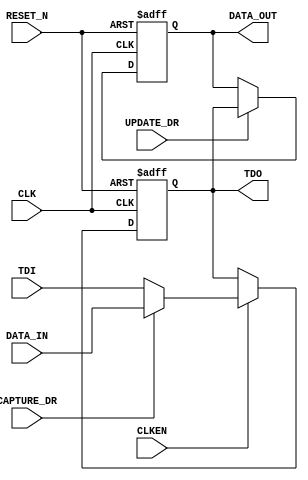
module TYPEA_1(
      input CLK,
      input RESET_N,
      input CLKEN,
      input TDI,
      output TDO,
      output reg DATA_OUT,
      input DATA_IN,
      input CAPTURE_DR,
      input UPDATE_DR
   );
  reg tdoInt;
  always @ (negedge CLK or negedge RESET_N)
  begin
      if (RESET_N == 1'b0)
         tdoInt <= #1 1'b0;
      else if (CLK == 1'b0)
         if (CLKEN == 1'b1)
            if (CAPTURE_DR == 1'b0)
               tdoInt <= #1 TDI;
            else
               tdoInt <= #1 DATA_IN;
  end
   assign TDO = tdoInt;
  always @ (negedge CLK or negedge RESET_N)
   begin
      if (RESET_N == 1'b0)
         DATA_OUT <= #1 1'b0;
      else if (CLK == 1'b0)
         if (UPDATE_DR == 1'b1)
            DATA_OUT <= #1 tdoInt;
   end
endmodule